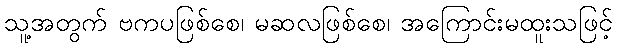
သူ့အတွက် ဗကပဖြစ်စေ၊ မဆလဖြစ်စေ၊ အကြောင်းမထူးသဖြင့်